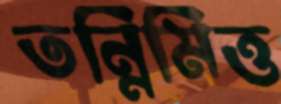
তন্নিমিত্ত